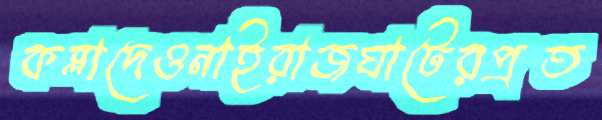
কব্‌লাদেওনাইরাজঘাটেরপ্রত